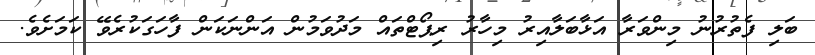
ބަލި ފެތުރުނު މިންވަރާ އަޅާބަލާއިރު މިހާރު ރިޕޯޓްތައް މަދުވަމުން އަންނަކަން ފާހަގަކުރެވޭ ކަމަށެވެ.